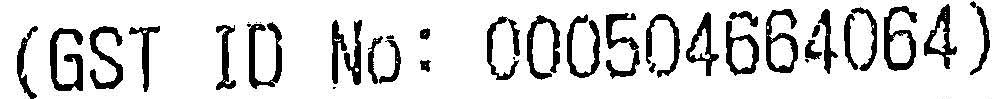
(GST ID NO: 000504664064)